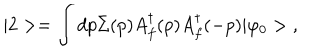
| 2 > = \int d p \Sigma ( p ) A _ { f } ^ { \dagger } ( p ) A _ { f } ^ { \dagger } ( - p ) | \varphi _ { 0 } > \; ,